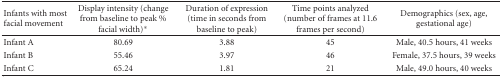
<table><thead><tr><td><b>Infants with most facial movement</b></td><td><b>Display intensity (change from baseline to peak % facial width)*</b></td><td><b>Duration of expression (time in seconds from baseline to peak)</b></td><td><b>Time points analyzed (number of frames at 11.6 frames per second)</b></td><td><b>Demographics (sex, age, gestational age)</b></td></tr></thead><tbody><tr><td>Infant A</td><td>80.69</td><td>3.88</td><td>45</td><td>Male, 40.5 hours, 41 weeks</td></tr><tr><td>Infant B</td><td>55.46</td><td>3.97</td><td>46</td><td>Female, 37.5 hours, 39 weeks</td></tr><tr><td>Infant C</td><td>65.24</td><td>1.81</td><td>21</td><td>Male, 49.0 hours, 40 weeks</td></tr></tbody></table>